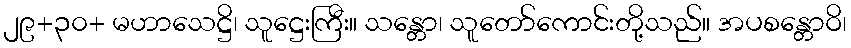
၂၉+၃၀+ မဟာသေဋ္ဌိ၊ သူဋ္ဌေးကြီး။ သန္တော၊ သူတော်ကောင်းတို့သည်။ အပစန္တောဝိ၊